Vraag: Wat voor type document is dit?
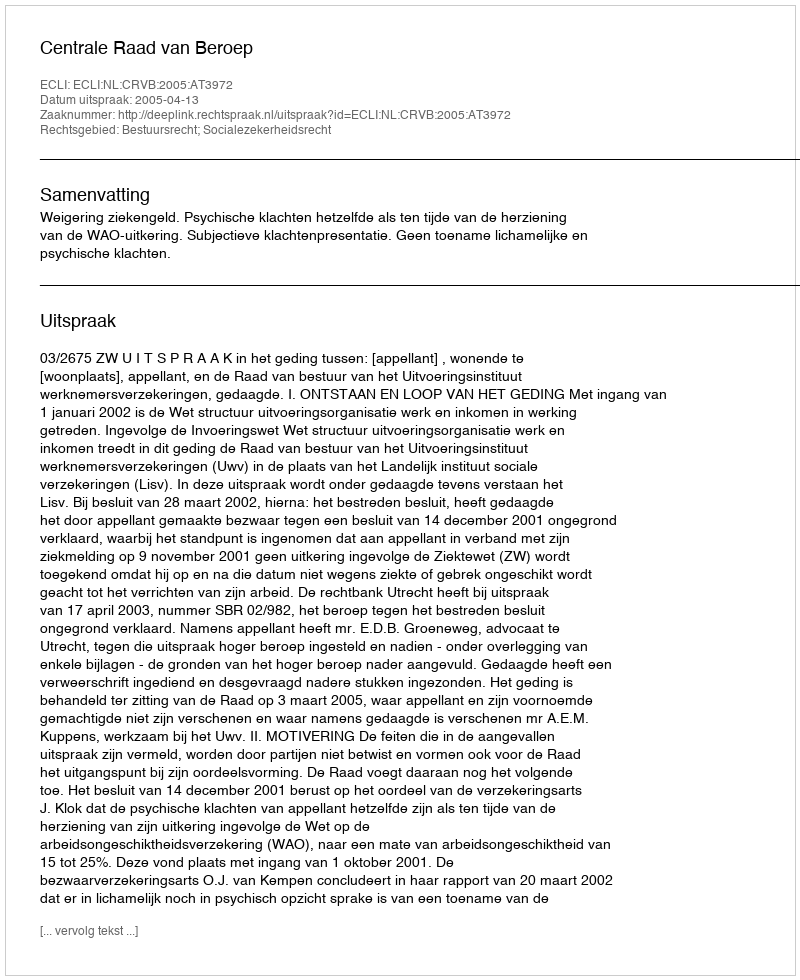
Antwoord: Uitspraak